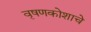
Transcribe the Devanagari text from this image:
वृषणकोशाचे